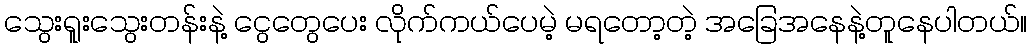
သွေးရူးသွေးတန်းနဲ့ ငွေတွေပေး လိုက်ကယ်ပေမဲ့ မရတော့တဲ့ အခြေအနေနဲ့တူနေပါတယ်။